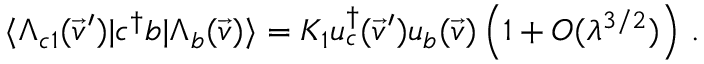
\langle \Lambda _ { c 1 } ( \vec { v } ^ { \prime } ) | c ^ { \dag } b | \Lambda _ { b } ( \vec { v } ) \rangle = K _ { 1 } u _ { c } ^ { \dag } ( \vec { v } ^ { \prime } ) u _ { b } ( \vec { v } ) \left( 1 + { \cal O } ( \lambda ^ { 3 / 2 } ) \right) \, .